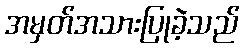
အမှတ်အသားပြုခဲ့သည်